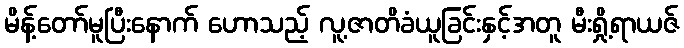
မိန့်တော်မူပြီးနောက် ဟောသည့် လူ့ဇာတိခံယူခြင်းနှင့်အတူ မီးရှို့ရာယဇ်